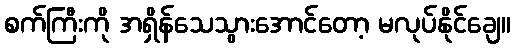
စက်ကြီးကို အရှိန်သေသွားအောင်တော့ မလုပ်နိုင်ချေ။